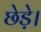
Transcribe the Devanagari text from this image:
छेड़े।